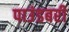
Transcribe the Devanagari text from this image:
पाउंडबरी